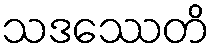
သဒဿေတိ